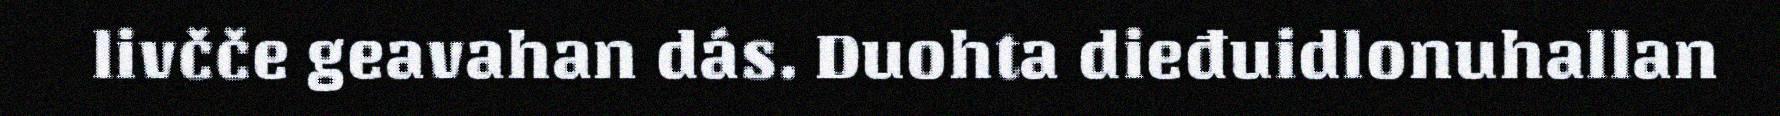
livčče geavahan dás. Duohta dieđuidlonuhallan